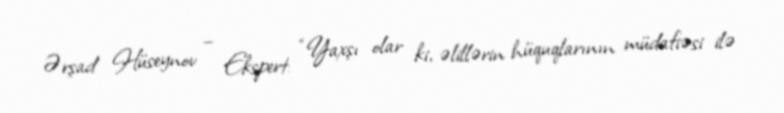
Ərşad Hüseynov – Ekspert: “Yaxşı olar ki, əlillərin hüquqlarının müdafiəsi ilə